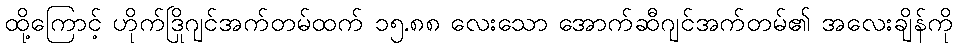
ထို့ကြောင့် ဟိုက်ဒြိုဂျင်အက်တမ်ထက် ၁၅.၈၈ လေးသော အောက်ဆီဂျင်အက်တမ်၏ အလေးချိန်ကို